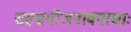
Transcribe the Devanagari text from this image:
सहस्रयोजनावगाधाः